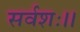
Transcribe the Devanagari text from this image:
सर्वशः।।